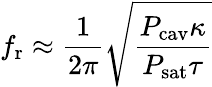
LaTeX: f_{\mathrm{r}}\approx\frac{1}{2\pi}\sqrt{\frac{P_{\mathrm{cav}}\kappa}{P_{\mathrm{sat}}\tau}}